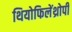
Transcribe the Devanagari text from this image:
थियोफिलेंथ्रोपी